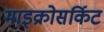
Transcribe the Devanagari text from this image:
माइक्रोसर्किट